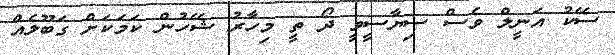
ސޭކު އަނީލް ވެސް ސިޔާސީވީ ދޯ ތީ މިހާރު ޝޭހުން ކަމަކަށް ގަބޫލެއް